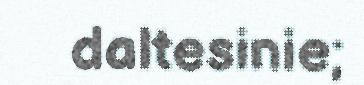
daltesinie;